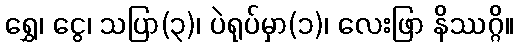
ရွှေ၊ ငွေ၊ သပြာ(၃)၊ ပဲရုပ်မှာ(၁)၊ လေးဖြာ နိဿဂ္ဂိ။